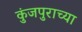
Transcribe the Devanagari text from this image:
कुंजपुराच्या